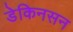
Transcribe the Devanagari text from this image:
डेकिनसन